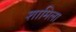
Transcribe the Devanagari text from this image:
शामिला